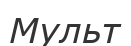
Мульт